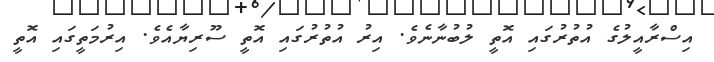
އިސްރާއީލުގެ އުތުރުގައި އޮތީ ލުބުނާނެވެ. އިރު އުތުރުގައި އޮތީ ސޫރިޔާއެވެ. އިރުމަތީގައި އޮތީ